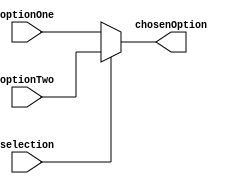
`timescale 1ns / 1ps

module muxShiftLeft
    (
    input [31:0] optionOne, optionTwo,
    input selection,
    
    output reg [31:0] chosenOption
    );
    
    always@(*)
        begin
        if(selection)
            begin
            chosenOption = optionTwo; 
            end
        else
            begin
            chosenOption = optionOne;
            end
        end
endmodule